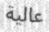
عالية